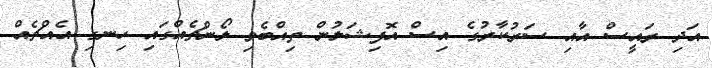
އަދި ރައީސް އާއި ސަރުކާރުގެ އިސް އޮފިޝަލުން ތިއްބެވި ލޯންޗެއްގައި ހިނގި އެއްޗެއް